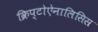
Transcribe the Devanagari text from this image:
क्रिप्टोऐनालिसिस